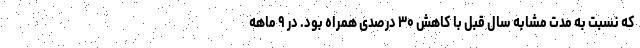
که نسبت به مدت مشابه سال قبل با کاهش ۳۰ درصدی همراه بود. در ۹ ماهه